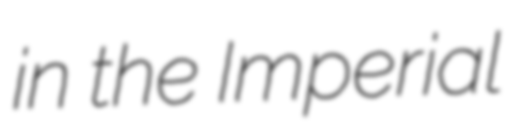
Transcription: in the Imperial